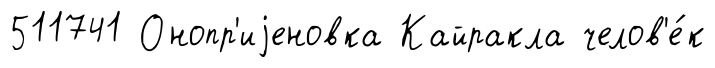
511741 Онопр'иjеновка Кайракла челов'е́к